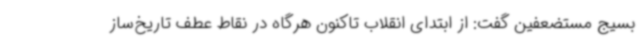
بسیج مستضعفین گفت: از ابتدای انقلاب تاکنون هرگاه در نقاط عطف تاریخ‌ساز